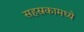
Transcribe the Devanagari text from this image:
सहस्रकामध्ये